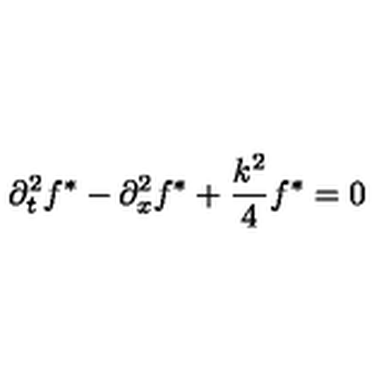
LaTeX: \partial _ { t } ^ { 2 } f ^ { * } - \partial _ { x } ^ { 2 } f ^ { * } + \frac { k ^ { 2 } } { 4 } f ^ { * } = 0